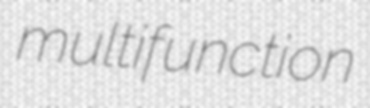
multifunction